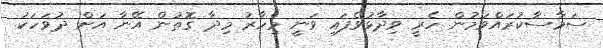
ސަމާސާކުރައްވަމުން ހެރީ ވިދާޅުވެފައި ވަނީ މިހާރު މިދާ ގޮތުން އޭނާ އަށް ދުވަހަކު